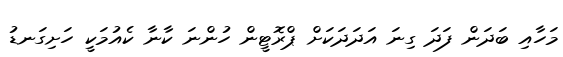
މަހާއި ބަދަން ފަދަ ގިނަ އަދަދަކަށް ޕްރޮޓީން ހުންނަ ކާނާ ކެއުމަކީ ހަށިގަނޑު